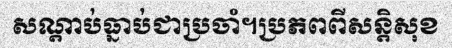
សណ្តាប់ធ្នាប់ជាប្រចាំ។ប្រភពពីសន្តិសុខ